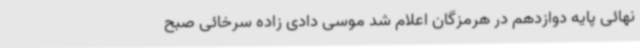
نهائی پایه دوازدهم در هرمزگان اعلام شد موسی دادی زاده سرخائی صبح